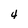
Character: 4